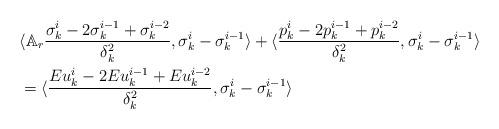
LaTeX: \begin{align*} &\langle \mathbb{A}_r \frac{\sigma_k^i-2\sigma_k^{i-1}+\sigma_k^{i-2}}{\delta_k^2}, \sigma_k^i-\sigma_k^{i-1} \rangle+\langle \frac{p_k^i-2p_k^{i-1}+p_k^{i-2}}{\delta_k^2}, \sigma_k^i-\sigma_k^{i-1} \rangle \\ &=\langle \frac{E u_k^i-2 E u_k^{i-1}+E u_k^{i-2}}{\delta_k^2}, \sigma_k^i-\sigma_k^{i-1} \rangle\end{align*}